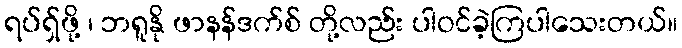
ရပ်ရှ်ဖို့ ၊ ဘရူနို ဖာနန်ဒက်စ် တို့လည်း ပါဝင်ခဲ့ကြပါသေးတယ်။